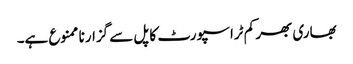
بھاری بھر کم ٹراسپورٹ کا پل سے گزارنا ممنوع ہے۔